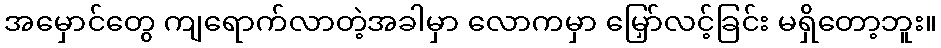
အမှောင်တွေ ကျရောက်လာတဲ့အခါမှာ လောကမှာ မြှော်လင့်ခြင်း မရှိတော့ဘူး။